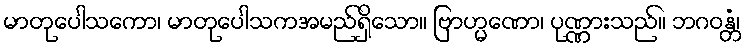
မာတုပေါသကော၊ မာတုပေါသကအမည်ရှိသော။ ဗြာဟ္မဏော၊ ပုဏ္ဏားသည်။ ဘဂဝန္တံ၊